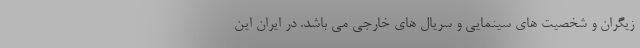
زیگران و شخصیت های سینمایی و سریال های خارجی می باشد. در ایران این